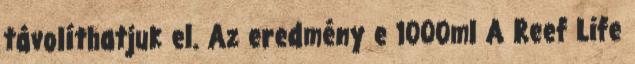
távolíthatjuk el. Az eredmény e 1000ml A Reef Life